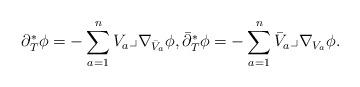
LaTeX: \begin{align*}\partial_T^*\phi = -\sum_{a=1}^n V_a\lrcorner \nabla_{\bar V_a}\phi,\bar\partial_T^*\phi= -\sum_{a=1}^n \bar V_a\lrcorner \nabla_{V_a}\phi.\end{align*}